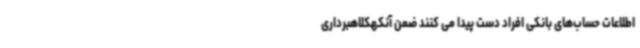
اطلاعات حساب‌های بانکی افراد دست پیدا می کنند ضمن آنکهکلاهبرداری